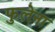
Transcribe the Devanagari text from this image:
फुलेना